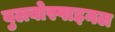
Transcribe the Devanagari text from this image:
बुलबोस्पाइनल